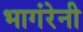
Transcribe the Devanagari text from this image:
भागंरेनी